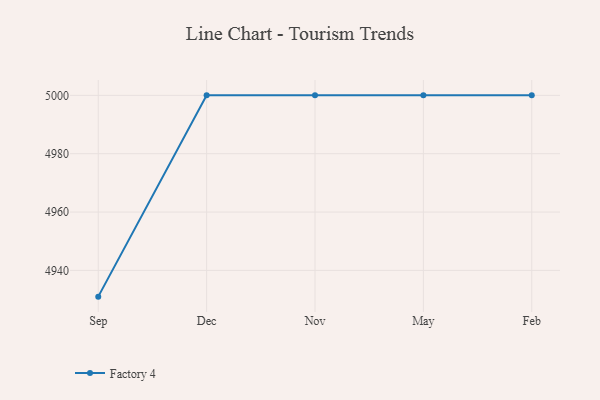
{"axis": {"x": "Month", "y": "Net Income (USD K)"}, "legend": ["Factory 4"], "data": [{"x": "Sep", "y": 4931.0, "type": "Factory 4"}, {"x": "Dec", "y": 5000, "type": "Factory 4"}, {"x": "Nov", "y": 5000, "type": "Factory 4"}, {"x": "May", "y": 5000, "type": "Factory 4"}, {"x": "Feb", "y": 5000, "type": "Factory 4"}]}